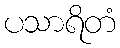
ပသာရိတံ